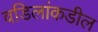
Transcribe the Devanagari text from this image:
वडिलांकडील